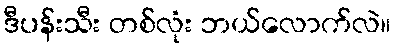
ဒီပန်းသီး တစ်လုံး ဘယ်လောက်လဲ။